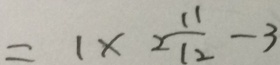
= 1 \times 2 \frac { 1 1 } { 1 2 } - 3